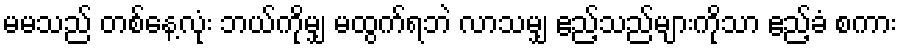
မမသည် တစ်နေ့လုံး ဘယ်ကိုမျှ မထွက်ရဘဲ လာသမျှ ဧည့်သည်များကိုသာ ဧည့်ခံ စကား